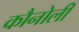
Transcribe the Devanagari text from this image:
कौनोली